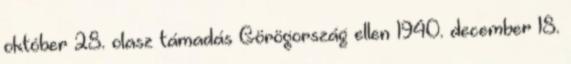
október 28. olasz támadás Görögország ellen 1940. december 18.